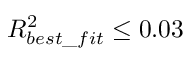
R _ { b e s t \_ f i t } ^ { 2 } \le 0 . 0 3